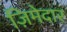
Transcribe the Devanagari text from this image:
ज़िमेदार